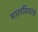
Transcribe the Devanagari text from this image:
मालवियांचे